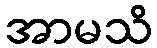
အာမသိ